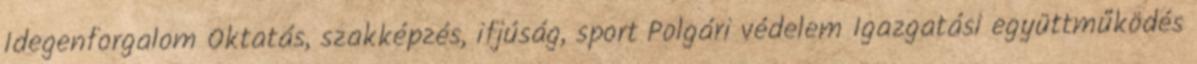
Idegenforgalom Oktatás, szakképzés, ifjúság, sport Polgári védelem Igazgatási együttműködés